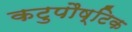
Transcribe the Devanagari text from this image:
कटुपौष्टिक